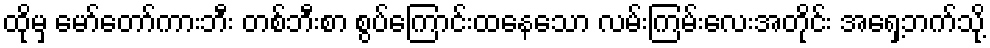
ထိုမှ မော်တော်ကားဘီး တစ်ဘီးစာ စွပ်ကြောင်းထနေသော လမ်းကြမ်းလေးအတိုင်း အရှေ့ဘက်သို့